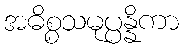
အဓိစ္စသမုပ္ပန္နိကာ